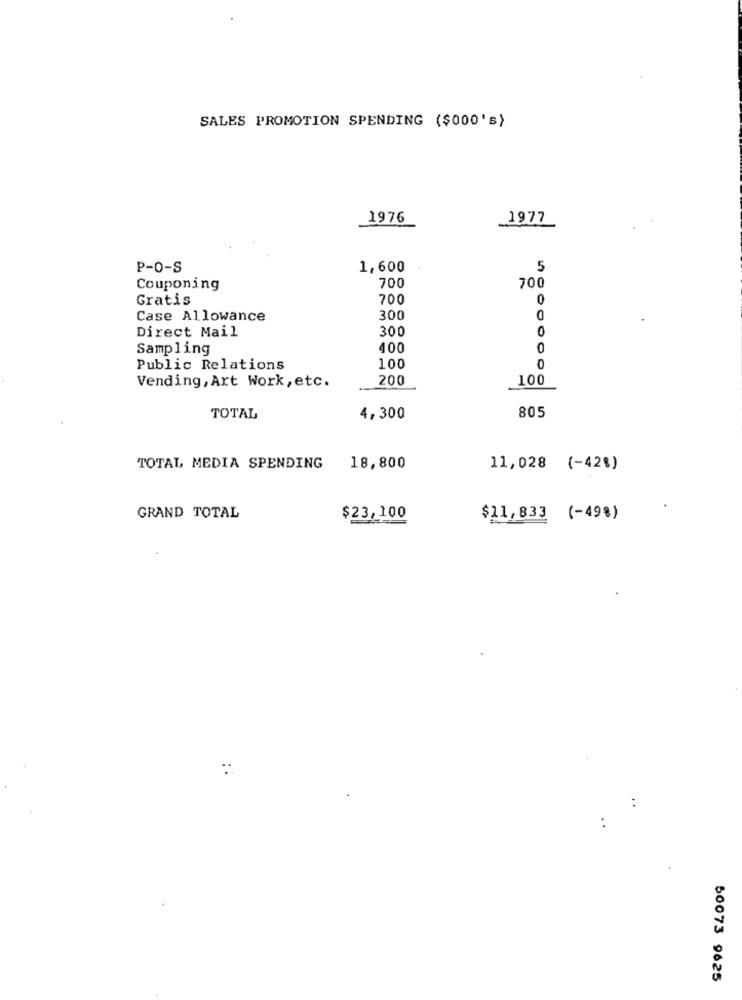
SALES PROMOTION SPENDING ($000's)
1976
1977
P-0-S
1,600
5
Couponing
700
700
Gratis
700
O
Case Allowance
300
Direct Mail
300
0
Sampling
400
0
Public Relations
100
0
Vending, Art Work, etc.
200
100
TOTAL
4,300
805
TOTAL MEDIA SPENDING
18,800
11,028 (-42%)
GRAND TOTAL
$23,100
$11,833 (-49%)
50073 9625